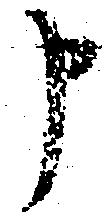
申